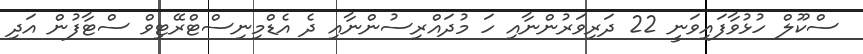
ސްކޫލް ހުޅުވާފައިވަނީ 22 ދަރިވަރުންނާއި ހަ މުދައްރިސުންނާއި ދެ އެޑްމިނިސްޓްރޭޓިވް ސްޓާފުން އަދި